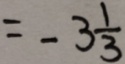
= - 3 \frac { 1 } { 3 }